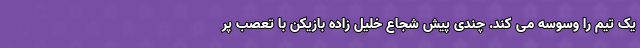
یک تیم را وسوسه می کند. چندی پیش شجاع خلیل زاده بازیکن با تعصب پر